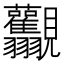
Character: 𧢰